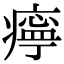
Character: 𤹧